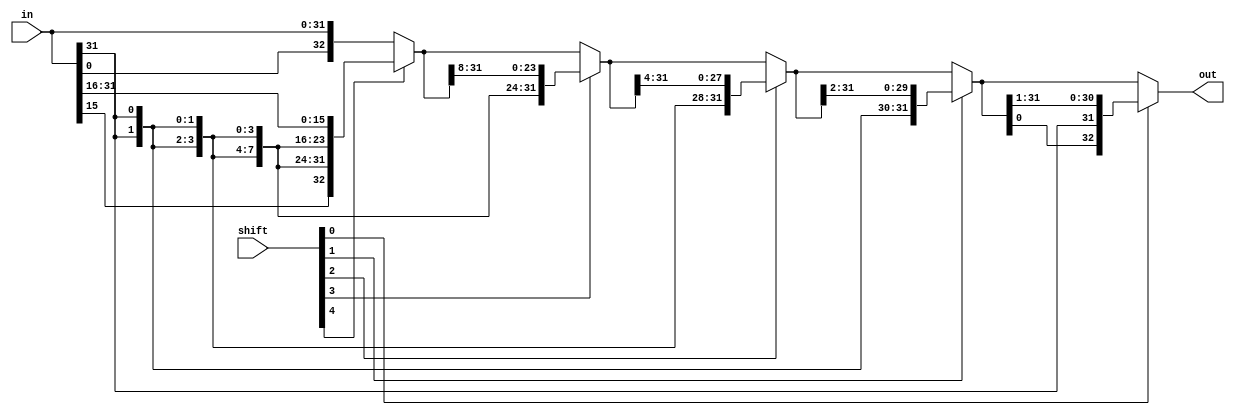
module asr_struct
#( 
  parameter CTRL=5, 
  parameter WIDTH=2**CTRL
)
( 
  input   [WIDTH-1:0] in,
  input   [ CTRL-1:0] shift,
  output  [WIDTH:0] out 
);
  wire sign = in[WIDTH -1];
  wire [WIDTH:0] tmp [CTRL:0];
  assign tmp[CTRL] = {in[0], in};
  assign out = tmp[0];
  genvar i;
  generate
    for (i = 0; i < CTRL; i = i + 1) begin: mux
      assign tmp[i] = shift[i] ? {tmp[i+1][(2**i)-1], {(2**i){sign}}, tmp[i+1][WIDTH-1:(2**i)]} : tmp[i+1];
    end
  endgenerate
endmodule